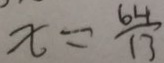
x = \frac { 6 4 } { 1 3 }